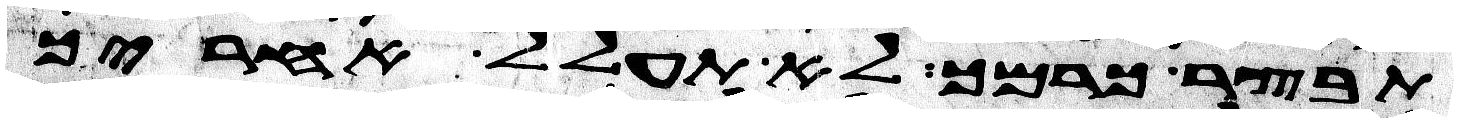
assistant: תבצר כרמך לא תעולל אחריך